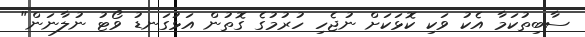
ސާބިތުކަމާ އެކު ވަކި ކޮޅަކަށް ނުޖެހި ހުރުމުގެ ގޮތުން އަޅުގަނޑު ވޯޓު ނުލާނަން"